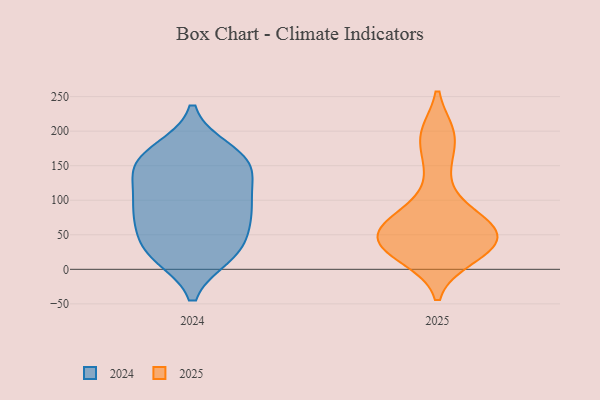
{"axis": {"x": "Conversion Rate (%)", "y": "Value"}, "legend": ["2024", "2025"], "data": [{"x": "", "y": 20, "type": "2024"}, {"x": "", "y": 84, "type": "2024"}, {"x": "", "y": 101, "type": "2024"}, {"x": "", "y": 79, "type": "2024"}, {"x": "", "y": 28, "type": "2024"}, {"x": "", "y": 97, "type": "2024"}, {"x": "", "y": 21, "type": "2024"}, {"x": "", "y": 70, "type": "2024"}, {"x": "", "y": 54, "type": "2024"}, {"x": "", "y": 156, "type": "2024"}, {"x": "", "y": 27, "type": "2024"}, {"x": "", "y": 169, "type": "2024"}, {"x": "", "y": 145, "type": "2024"}, {"x": "", "y": 118, "type": "2024"}, {"x": "", "y": 172, "type": "2024"}, {"x": "", "y": 146, "type": "2024"}, {"x": "", "y": 151, "type": "2024"}, {"x": "", "y": 87, "type": "2025"}, {"x": "", "y": 55, "type": "2025"}, {"x": "", "y": 46, "type": "2025"}, {"x": "", "y": 195, "type": "2025"}, {"x": "", "y": 52, "type": "2025"}, {"x": "", "y": 25, "type": "2025"}, {"x": "", "y": 28, "type": "2025"}, {"x": "", "y": 76, "type": "2025"}, {"x": "", "y": 195, "type": "2025"}, {"x": "", "y": 18, "type": "2025"}, {"x": "", "y": 146, "type": "2025"}, {"x": "", "y": 38, "type": "2025"}, {"x": "", "y": 60, "type": "2025"}]}